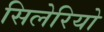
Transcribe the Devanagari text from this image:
सिलेरियो